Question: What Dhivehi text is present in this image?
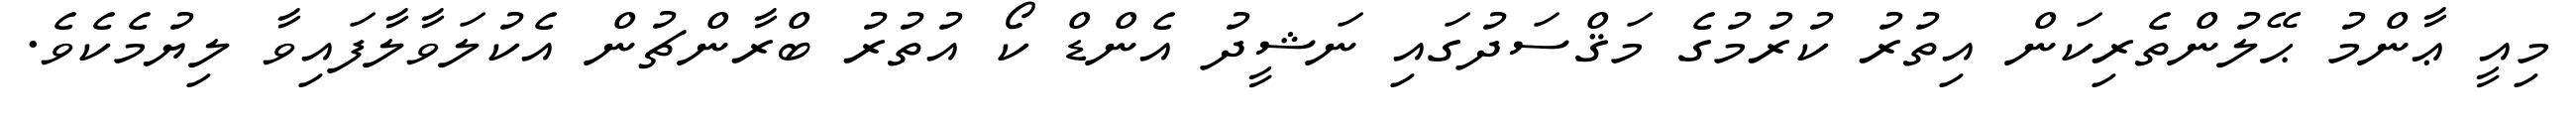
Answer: މިއީ ޢާންމު ޙޭލުންތެރިކަން އިތުރު ކުރުމުގެ މަޤްސަދުގައި ނަޝީދު އެންޑް ކޯ އުތުރު ބްރާންޗުން އެކުލަވާލާފައިވާ ލިޔުމެކެވެ.